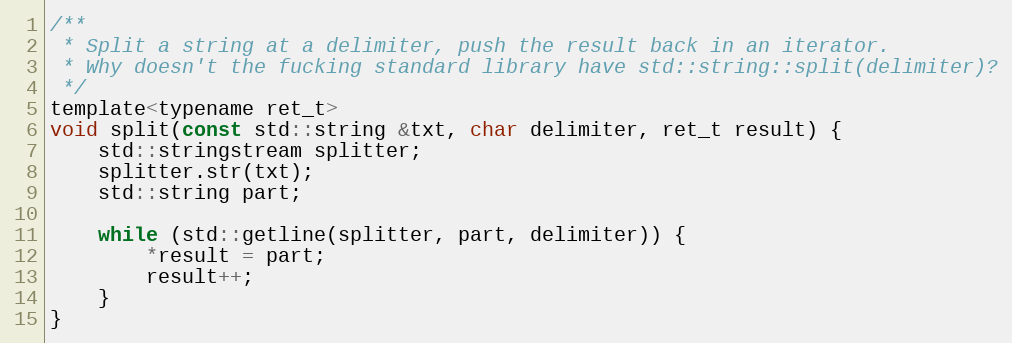
Language: C
/**
 * Split a string at a delimiter, push the result back in an iterator.
 * Why doesn't the fucking standard library have std::string::split(delimiter)?
 */
template<typename ret_t>
void split(const std::string &txt, char delimiter, ret_t result) {
	std::stringstream splitter;
	splitter.str(txt);
	std::string part;

	while (std::getline(splitter, part, delimiter)) {
		*result = part;
		result++;
	}
}